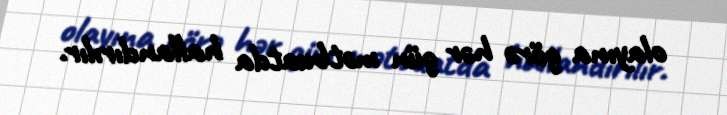
olayına görə hər gün mətbuatda hallandırılır.